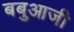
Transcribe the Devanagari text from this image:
बबुआजी